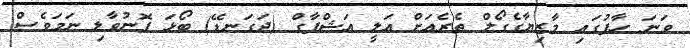
ވަނަ ހާފުގައި މާޒިޔާގެގޯލް ތެރެއަށް އަލީ އަޝްފާގް (ދަގަނޑޭ) ބޯޅަ ފޮނުވާލި ނަމަވެސް